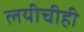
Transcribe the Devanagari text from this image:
लयीचीही